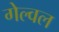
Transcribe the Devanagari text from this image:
गेल्वल